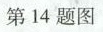
第14题图